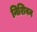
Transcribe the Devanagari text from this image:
निशिवन